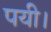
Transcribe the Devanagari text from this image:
पयी।